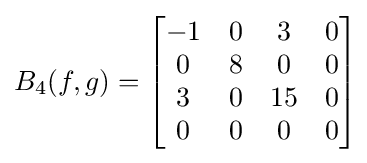
B_{4}(f,g)=\left[{\begin{matrix}-1&0&3&0\\0&8&0&0\\3&0&15&0\\0&0&0&0\end{matrix}}\right]\!